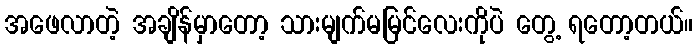
အဖေလာတဲ့ အချိန်မှာတော့ သားမျက်မမြင်လေးကိုပဲ တွေ့ ရတော့တယ်။